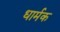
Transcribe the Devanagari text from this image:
धार्मक